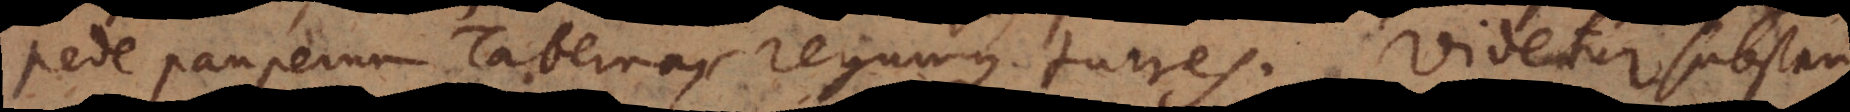
pede pauperum Tabernas regumque turres. Videtur subst